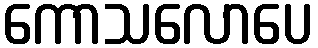
ကောသလောပေ